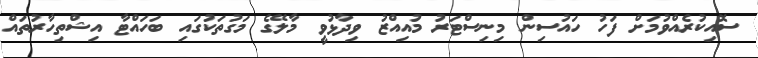
ސޮއިކުރެއްވުމަށް ފަހު ހައުސިން މިނިސްޓަރު މުއިއްޒު ވިދާޅުވީ މާލޭގެ މަގުތަކުގައި ބަހައްޓާ އިޝްތިހާރުތައް